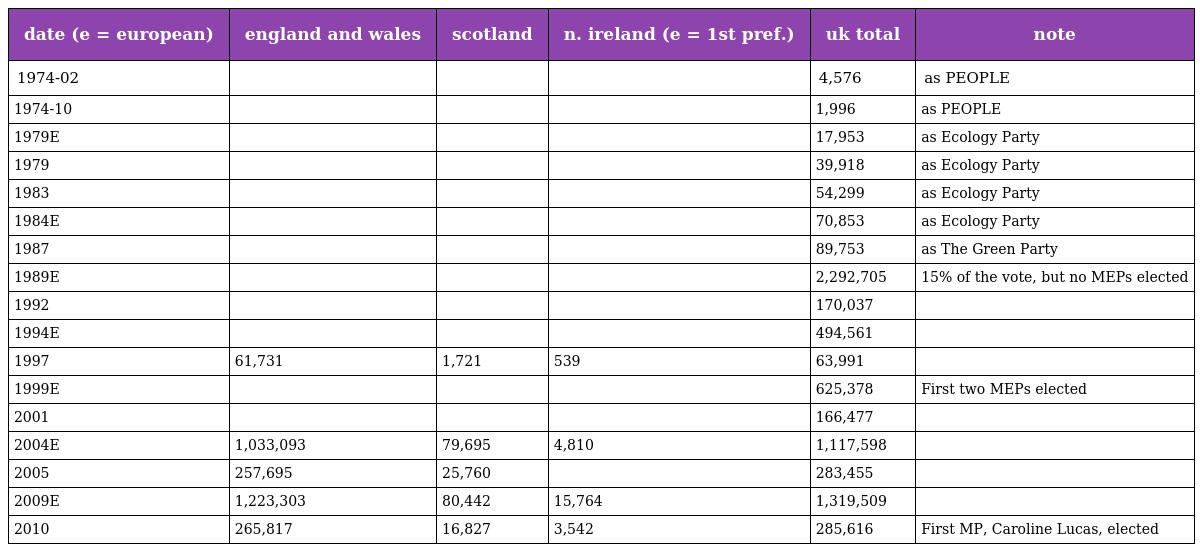
| date (e = european) | england and wales | scotland | n. ireland (e = 1st pref.) | uk total | note |
 | --- | --- | --- | --- | --- | --- |
 | 1974-02 |  |  |  | 4,576 | as PEOPLE |
 | 1974-10 |  |  |  | 1,996 | as PEOPLE |
 | 1979E |  |  |  | 17,953 | as Ecology Party |
 | 1979 |  |  |  | 39,918 | as Ecology Party |
 | 1983 |  |  |  | 54,299 | as Ecology Party |
 | 1984E |  |  |  | 70,853 | as Ecology Party |
 | 1987 |  |  |  | 89,753 | as The Green Party |
 | 1989E |  |  |  | 2,292,705 | 15% of the vote, but no MEPs elected |
 | 1992 |  |  |  | 170,037 |  |
 | 1994E |  |  |  | 494,561 |  |
 | 1997 | 61,731 | 1,721 | 539 | 63,991 |  |
 | 1999E |  |  |  | 625,378 | First two MEPs elected |
 | 2001 |  |  |  | 166,477 |  |
 | 2004E | 1,033,093 | 79,695 | 4,810 | 1,117,598 |  |
 | 2005 | 257,695 | 25,760 |  | 283,455 |  |
 | 2009E | 1,223,303 | 80,442 | 15,764 | 1,319,509 |  |
 | 2010 | 265,817 | 16,827 | 3,542 | 285,616 | First MP, Caroline Lucas, elected |